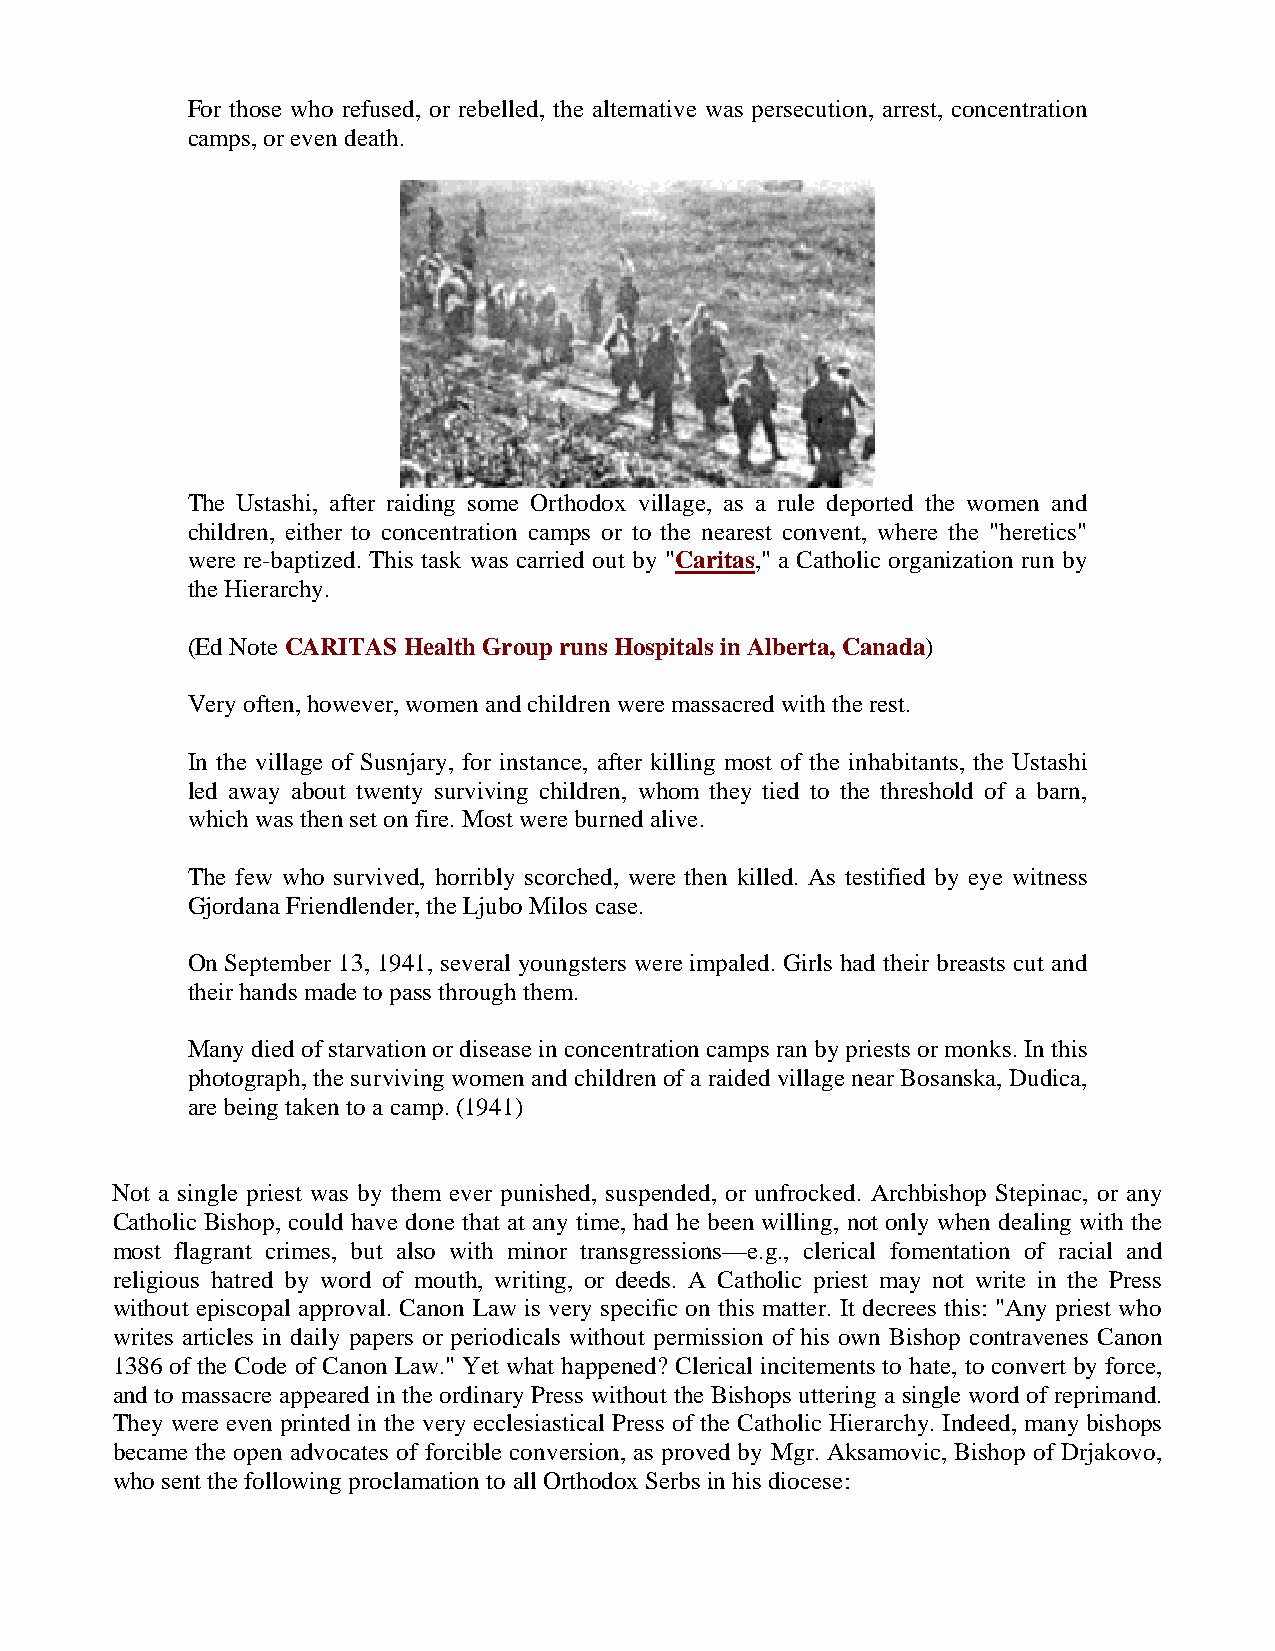
For those who refused, or rebelled, the alternative was persecution, arrest, concentration
 camps, or even death.
 The Ustashi, after raiding some Orthodox village, as a rule deported the women and
 children, either to concentration camps or to the nearest convent, where the "heretics"
 were re-baptized. This task was carried out by "Caritas," a Catholic organization run by
 the Hierarchy.
 (Ed Note CARITAS Health Group runs Hospitals in Alberta, Canada)
 Very often, however, women and children were massacred with the rest.
 In the village of Susnjary, for instance, after killing most of the inhabitants, the Ustashi
 led away about twenty surviving children, whom they tied to the threshold of a barn,
 which was then set on fire. Most were burned alive.
 The few who survived, horribly scorched, were then killed. As testified by eye witness
 Gjordana Friendlender, the Ljubo Milos case.
 On September 13, 1941, several youngsters were impaled. Girls had their breasts cut and
 their hands made to pass through them.
 Many died of starvation or disease in concentration camps ran by priests or monks. In this
 photograph, the surviving women and children of a raided village near Bosanska, Dudica,
 are being taken to a camp. (1941)
 Not a single priest was by them ever punished, suspended, or unfrocked. Archbishop Stepinac, or any
 Catholic Bishop, could have done that at any time, had he been willing, not only when dealing with the
 most flagrant crimes, but also with minor transgressions—e.g., clerical fomentation of racial and
 religious hatred by word of mouth, writing, or deeds. A Catholic priest may not write in the Press
 without episcopal approval. Canon Law is very specific on this matter. It decrees this: "Any priest who
 writes articles in daily papers or periodicals without permission of his own Bishop contravenes Canon
 1386 of the Code of Canon Law." Yet what happened? Clerical incitements to hate, to convert by force,
 and to massacre appeared in the ordinary Press without the Bishops uttering a single word of reprimand.
 They were even printed in the very ecclesiastical Press of the Catholic Hierarchy. Indeed, many bishops
 became the open advocates of forcible conversion, as proved by Mgr. Aksamovic, Bishop of Drjakovo,
 who sent the following proclamation to all Orthodox Serbs in his diocese: